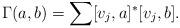
LaTeX: \begin{gather*}\Gamma(a, b)=\sum [v_j, a]^*[v_j, b].\end{gather*}